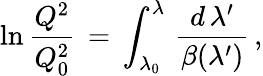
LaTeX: \ln\frac{Q^{2}}{Q_{0}^{2}}\, =\, \int_{{\lambda}_{0}}^{\lambda}\, \frac{d\, {\lambda}^{\prime}}{{\beta}({\lambda}^{\prime})}\, ,